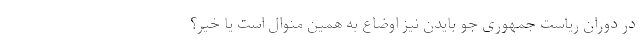
در دوران ریاست جمهوری جو بایدن نیز اوضاع به همین منوال است یا خیر؟